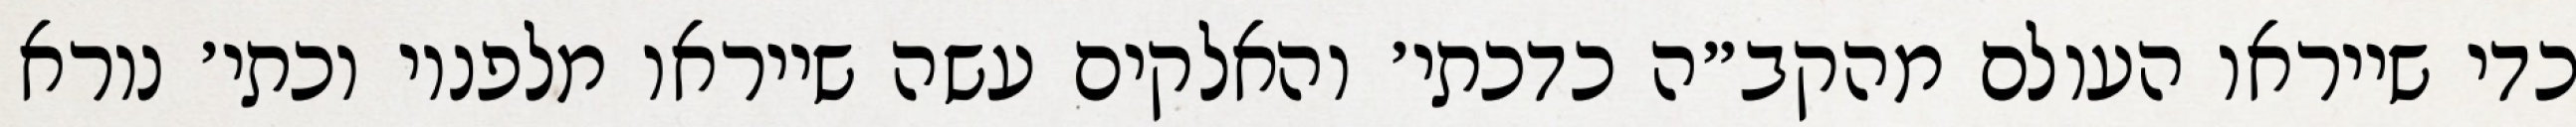
כדי שייראו העולם מהקב״ה כדכתי׳ והאלקים עשה שייראו מלפניו וכתי׳ נורא